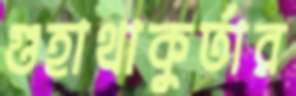
গুহাথাকুর্তার